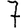
Digit: 7